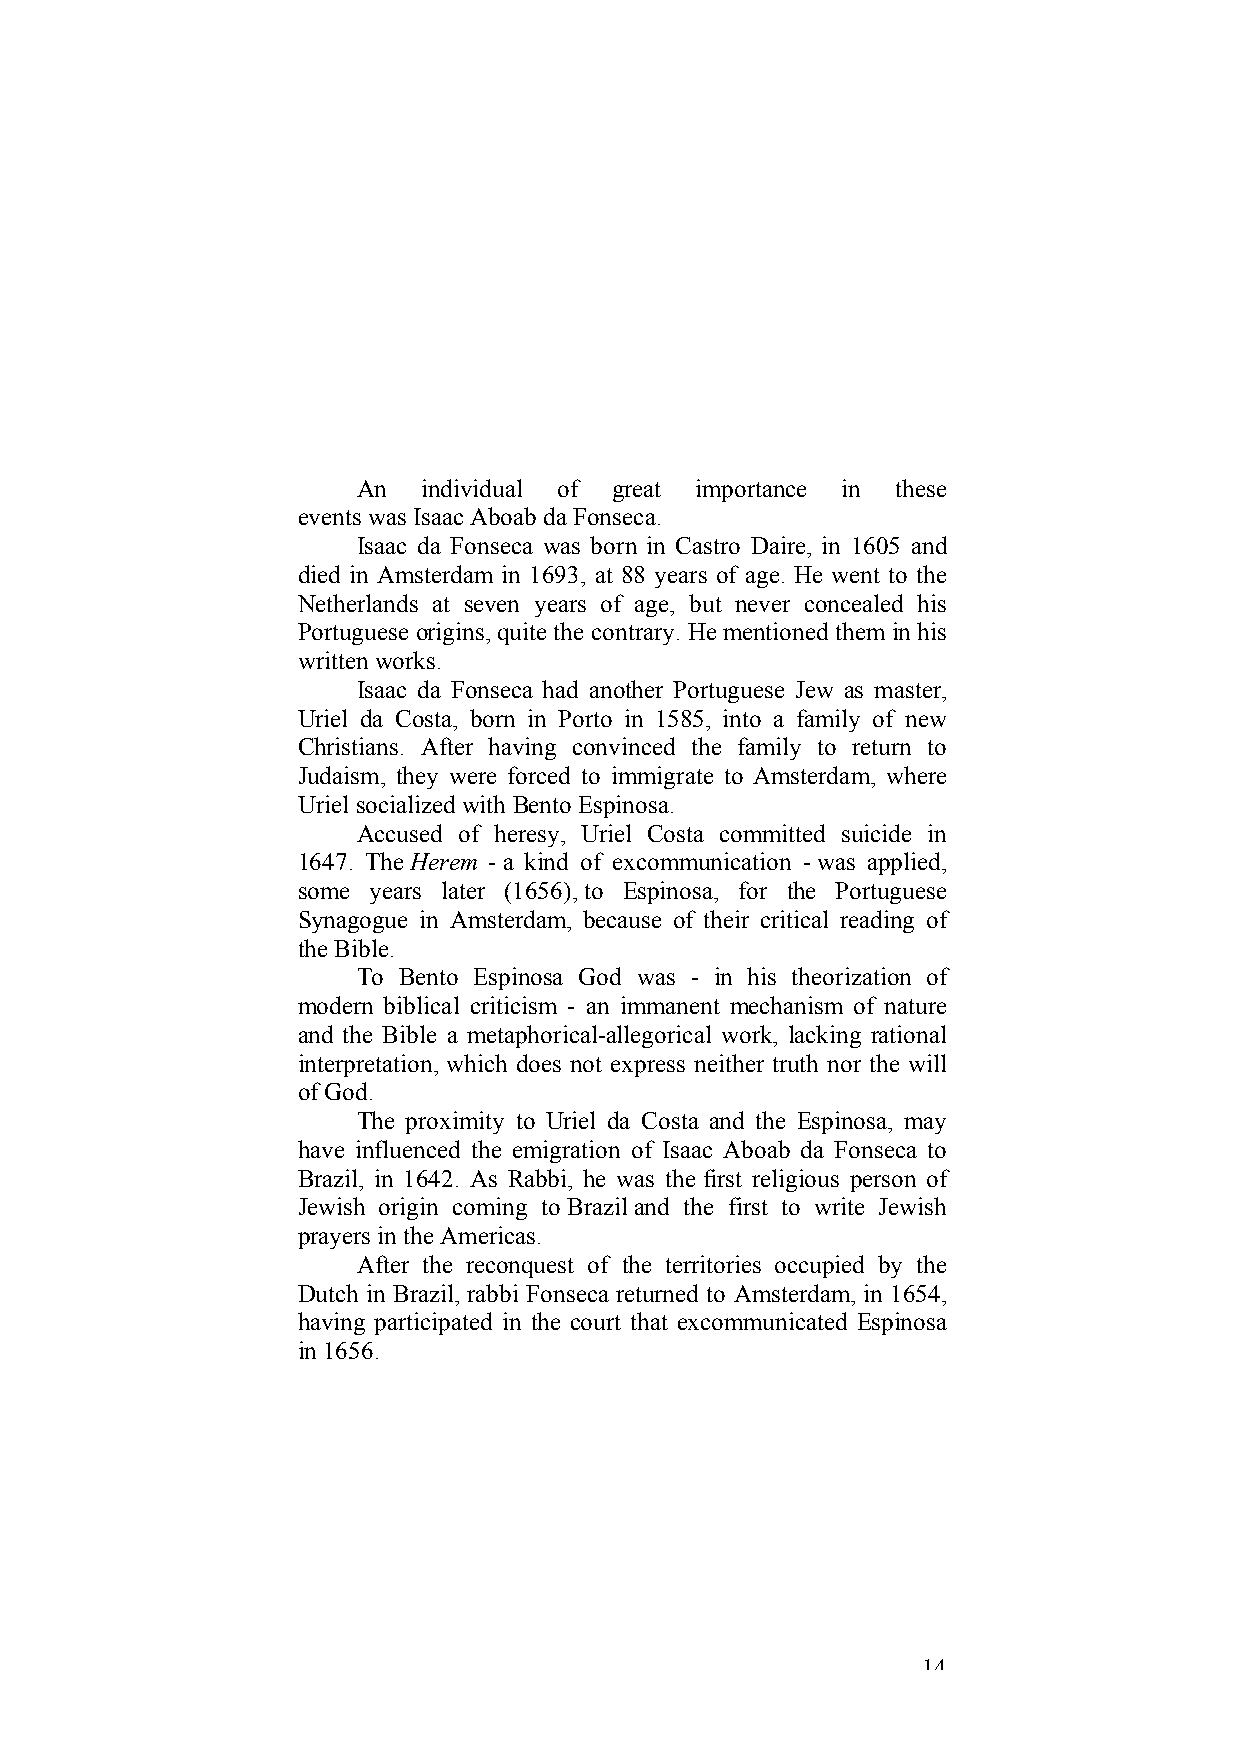
An  individual of great importance in these
 events was Isaac Aboab da Fonseca.
 Isaac da Fonseca was born in Castro Daire, in 1605 and
 died in Amsterdam in 1693, at 88 years of age. He went to the
 Netherlands at seven years of age, but never concealed his
 Portuguese origins, quite the contrary. He mentioned them in his
 written works.
 Isaac da Fonseca had another Portuguese Jew as master,
 Uriel da Costa, born in Porto in 1585, into a family of new
 Christians. After having convinced the family to return to
 Judaism, they were forced to immigrate to Amsterdam, where
 Uriel socialized with Bento Espinosa.
 Accused of heresy, Uriel Costa committed suicide in
 1647. The Herem - a kind of excommunication - was applied,
 some years later (1656), to Espinosa, for the Portuguese
 Synagogue in Amsterdam, because of their critical reading of
 the Bible.
 To Bento Espinosa God was - in his theorization of
 modern biblical criticism - an immanent mechanism of nature
 and the Bible a metaphorical-allegorical work, lacking rational
 interpretation, which does not express neither truth nor the will
 of God.
 The proximity to Uriel da Costa and the Espinosa, may
 have influenced the emigration of Isaac Aboab da Fonseca to
 Brazil, in 1642. As Rabbi, he was the first religious person of
 Jewish origin coming to Brazil and the first to write Jewish
 prayers in the Americas.
 After the reconquest of the territories occupied by the
 Dutch in Brazil, rabbi Fonseca returned to Amsterdam, in 1654,
 having participated in the court that excommunicated Espinosa
 in 1656.
 14